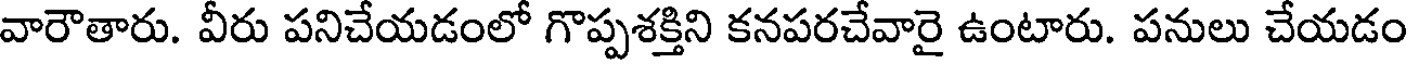
వారౌతారు. వీరు పనిచేయడంలో గొప్పశక్తిని కనపరచేవారై ఉంటారు. పనులు చేయడం